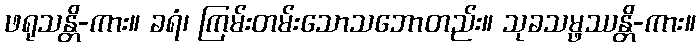
ဖရုသန္တိ-ကား။ ခရံ၊ ကြမ်းတမ်းသောသဘောတည်း။ သုခသမ္ဖဿန္တိ-ကား။